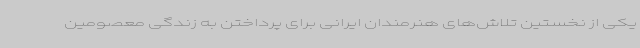
یکی از نخستین تلاش‌های هنرمندان ایرانی برای پرداختن به زندگی معصومین